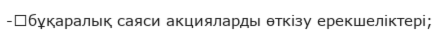
-	бұқаралық саяси акцияларды өткізу ерекшеліктері;